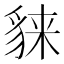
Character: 𧳕